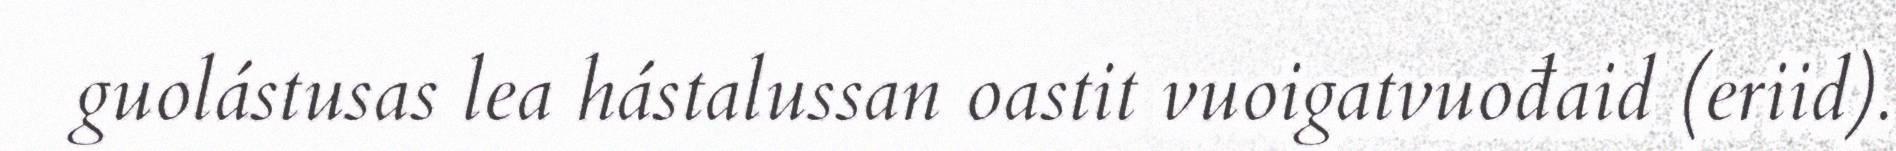
guolástusas lea hástalussan oastit vuoigatvuođaid (eriid).